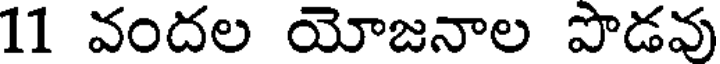
11 వందల యోజనాల పొడవు